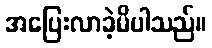
အပြေးလာခဲ့မိပါသည်။